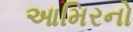
આમિરનો